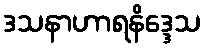
ဒသနာဟာရနိဒ္ဒေသ